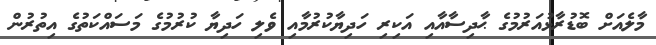
މާލެއަށް ބޮޑުރާޅުއަރުމުގެ ޙާދިސާއާއި އަކިރި ހަދިޔާކުރުމާއި ވެލި ހަދިޔާ ކުރުމުގެ މަސައްކަތުގެ އިތުރުން